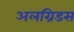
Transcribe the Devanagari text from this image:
अलग्रिडस